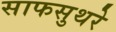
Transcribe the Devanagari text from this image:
साफसुथरे